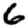
Digit: 6